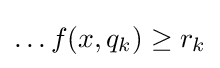
\ldots f(x,q_{k})\geq r_{k}\,\!